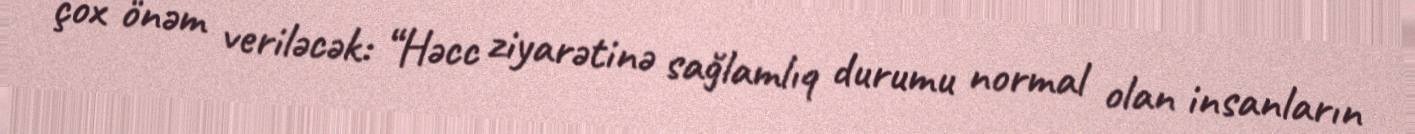
çox önəm veriləcək: “Həcc ziyarətinə sağlamlıq durumu normal olan insanların